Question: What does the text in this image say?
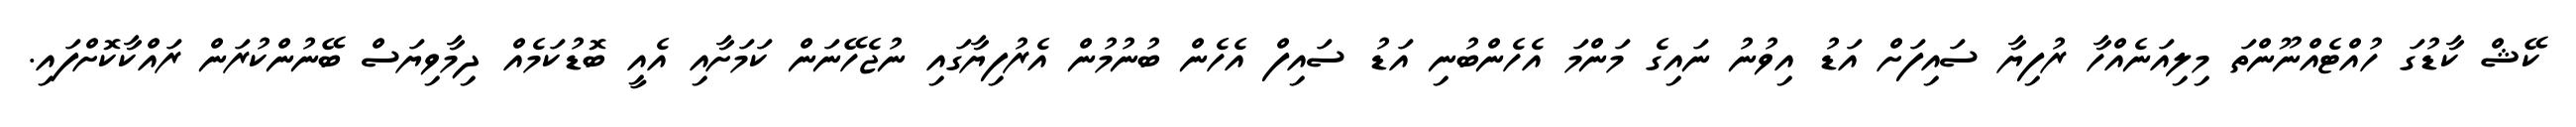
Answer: ކޭޝް ކާޑުގަ ހުއްޓެއްނޫންތަ މިލިއަނެއްހާ ރުފިޔާ ސައިފަށް އަޑު އިވުނު ނައިގެ މަންމަ އެހެންބުނި އަޑު ސައިފް އެހެން ބުނުމުން އެރުފިޔާގައި ނުޖެހޭނަން ކަމަށާއި އެއީ ބޮޑުކަމެއް ދިމާވިޔަސް ބޭނުންކުރަން ރައްކާކޮށްފައި.